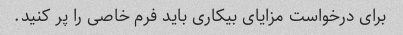
برای درخواست مزایای بیکاری باید فرم خاصی را پر کنید.